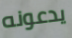
يدعونه